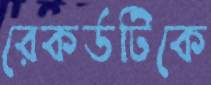
রেকর্ডটিকে